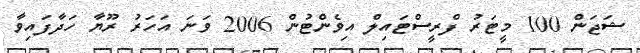
ޝަޖަން 100 މީޓަރު ފްރީސްޓައިލް އިވެންޓުން 2006 ވަނަ އަހަރު ރޫޔާ ހަދާފައިވާ